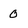
Character: 0